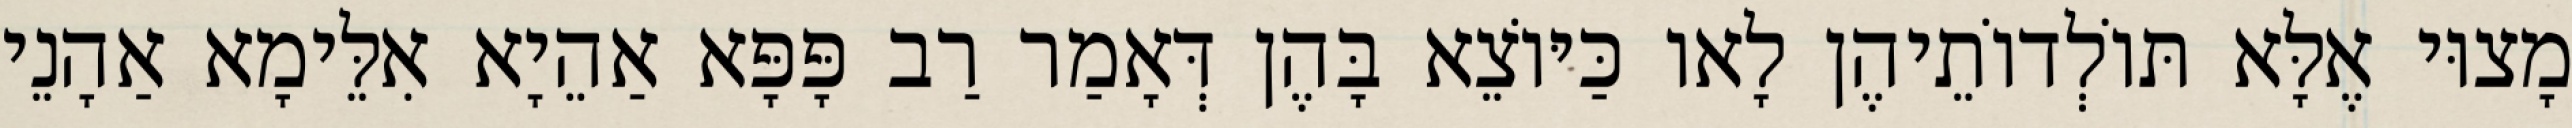
מָצוּי אֶלָּא תּוֹלְדוֹתֵיהֶן לָאו כַּיּוֹצֵא בָּהֶן דְּאָמַר רַב פָּפָּא אַהֵיָא אִלֵּימָא אַהָנֵי